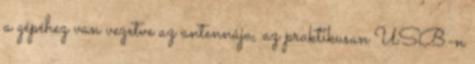
a gépéhez van vezetve az antennája, az praktikusan USB-n